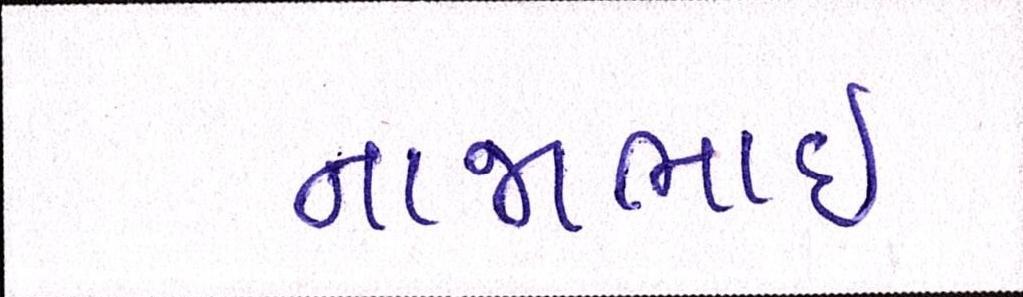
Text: નાજાભાઇ